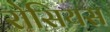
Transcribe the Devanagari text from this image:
रोसियस